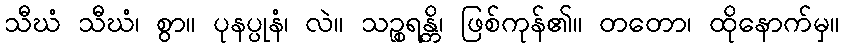
သီဃံ သီဃံ၊ စွာ။ ပုနပ္ပုနံ၊ လဲ။ သဉ္စရန္တိ၊ ဖြစ်ကုန်၏။ တတော၊ ထိုနောက်မှ။